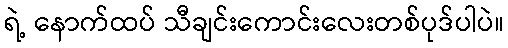
ရဲ့ နောက်ထပ် သီချင်းကောင်းလေးတစ်ပုဒ်ပါပဲ။